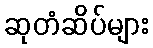
ဆုတံဆိပ်များ